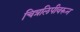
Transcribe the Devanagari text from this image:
चित्रलिपीवरून